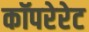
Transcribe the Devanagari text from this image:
कॉपरेरेट